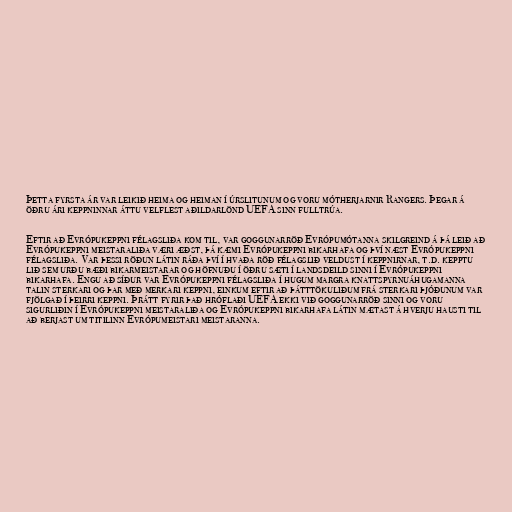
Þetta fyrsta ár var leikið heima og heiman í úrslitunum og voru mótherjarnir Rangers. Þegar á
öðru ári keppninnar áttu velflest aðildarlönd UEFA sinn fulltrúa.

Eftir að Evrópukeppni félagsliða kom til, var goggunarröð Evrópumótanna skilgreind á þá leið að
Evrópukeppni meistaraliða væri æðst, þá kæmi Evrópukeppni bikarhafa og því næst Evrópukeppni
félagsliða. Var þessi röðun látin ráða því í hvaða röð félagslið veldust í keppnirnar, t.d. kepptu
lið sem urðu bæði bikarmeistarar og höfnuðu í öðru sæti í landsdeild sinni í Evrópukeppni
bikarhafa. Engu að síður var Evrópukeppni félagsliða í hugum margra knattspyrnuáhugamanna
talin sterkari og þar með merkari keppni, einkum eftir að þátttökuliðum frá sterkari þjóðunum var
fjölgað í þeirri keppni. Þrátt fyrir það hróflaði UEFA ekki við goggunarröð sinni og voru
sigurliðin í Evrópukeppni meistaraliða og Evrópukeppni bikarhafa látin mætast á hverju hausti til
að berjast um titilinn Evrópumeistari meistaranna.